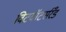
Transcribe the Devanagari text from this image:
विटवॉटर्सरँड